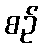
စဉ်